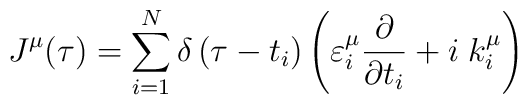
J^\mu (\tau )=\sum_{i=1}^N\delta \left( \tau -t_i\right)\left( \varepsilon _i^\mu \frac \partial {\partial t_i}+i\;k_i^\mu \right)